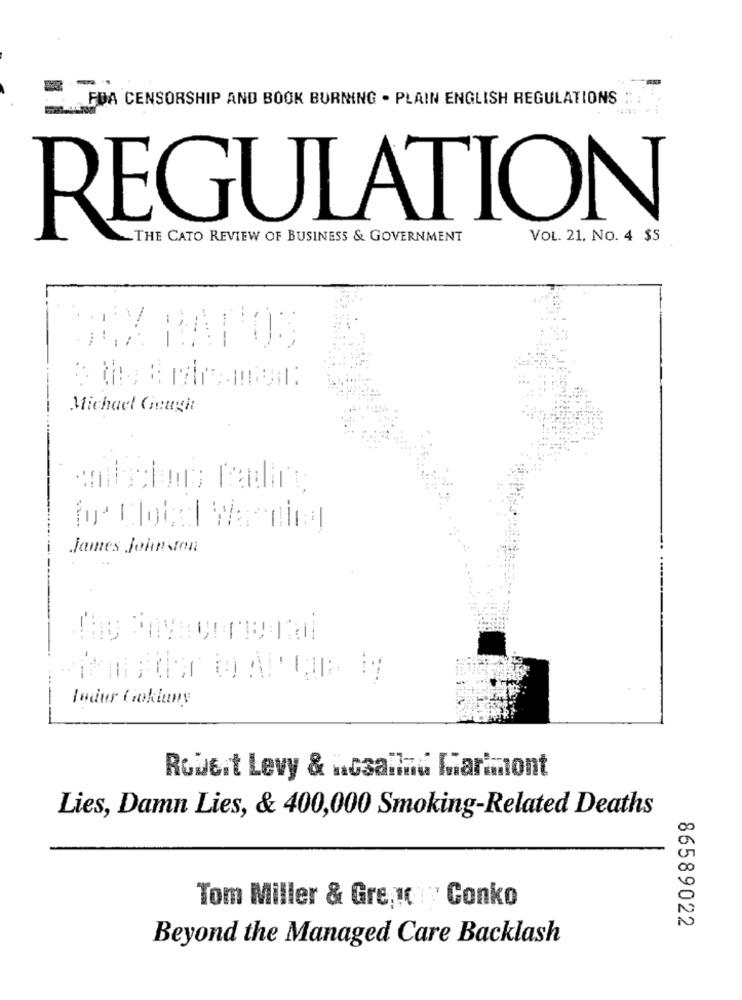
FDA CENSORSHIP AND BOOK BURNING . PLAIN ENGLISH REGULATIONS
REGULATION
THE CATO REVIEW OF BUSINESS & GOVERNMENT
VOL. 21. NO. 4 $5
MAX RATOS
Michael Gough
James Johnson
ladur Gokiany
Robert Levy & n.csallad Martmont
Lies, Damn Lies, & 400,000 Smoking-Related Deaths
Tom Miller & Gre, 1C | Conko
86589022
Beyond the Managed Care Backlash